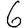
Digit: 6